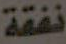
نفقة